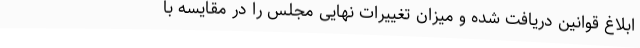
ابلاغ قوانین دریافت شده و میزان تغییرات نهایی مجلس را در مقایسه با